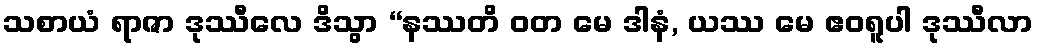
သစာယံ ရာဇာ ဒုဿီလေ ဒိသွာ “နဿတိ ဝတ မေ ဒါနံ, ယဿ မေ ဧဝရူပါ ဒုဿီလာ